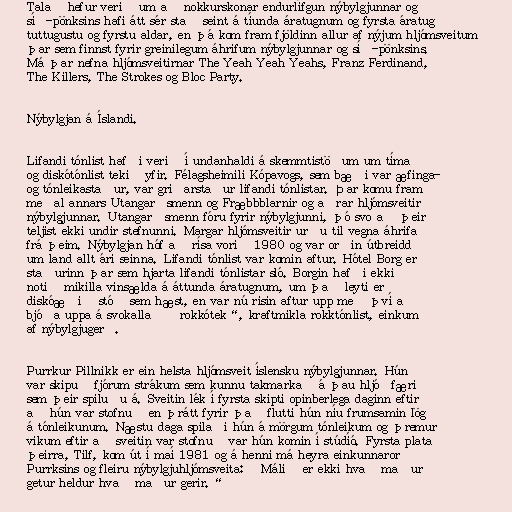
Talað hefur verið um að nokkurskonar endurlífgun nýbylgjunnar og
síð-pönksins hafi átt sér stað seint á tíunda áratugnum og fyrsta áratug
tuttugustu og fyrstu aldar, en þá kom fram fjöldinn allur af nýjum hljómsveitum
þar sem finnst fyrir greinilegum áhrifum nýbylgjunnar og síð-pönksins.
Má þar nefna hljómsveitirnar The Yeah Yeah Yeahs, Franz Ferdinand,
The Killers, The Strokes og Bloc Party.

Nýbylgjan á Íslandi.

Lifandi tónlist hafði verið í undanhaldi á skemmtistöðum um tíma
og diskótónlist tekið yfir. Félagsheimili Kópavogs, sem bæði var æfinga-
og tónleikastaður, var griðarstaður lifandi tónlistar. Þar komu fram
meðal annars Utangarðsmenn og Fræbbblarnir og aðrar hljómsveitir
nýbylgjunnar. Utangarðsmenn fóru fyrir nýbylgjunni, þó svo að þeir
teljist ekki undir stefnunni. Margar hljómsveitir urðu til vegna áhrifa
frá þeim. Nýbylgjan hóf að rísa vorið 1980 og var orðin útbreidd
um land allt ári seinna. Lifandi tónlist var komin aftur. Hótel Borg er
staðurinn þar sem hjarta lifandi tónlistar sló. Borgin hafði ekki
notið mikilla vinsælda á áttunda áratugnum, um það leyti er
diskóæðið stóð sem hæst, en var nú risin aftur upp með því að
bjóða uppa á svokallað „rokkótek“, kraftmikla rokktónlist, einkum
af nýbylgjugerð.

Purrkur Pillnikk er ein helsta hljómsveit íslensku nýbylgjunnar. Hún
var skipuð fjórum strákum sem kunnu takmarkað á þau hljóðfæri
sem þeir spiluðu á. Sveitin lék í fyrsta skipti opinberlega daginn eftir
að hún var stofnuð en þrátt fyrir það flutti hún níu frumsamin lög
á tónleikunum. Næstu daga spilaði hún á mörgum tónleikum og þremur
vikum eftir að sveitin var stofnuð var hún komin í stúdíó. Fyrsta plata
þeirra, Tilf, kom út í maí 1981 og á henni má heyra einkunnarorð
Purrksins og fleiru nýbylgjuhljómsveita: „Málið er ekki hvað maður
getur heldur hvað maður gerir.“